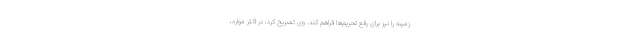
زمینه را نیز برای رفع تحریم‌ها فراهم کند. وی تصریح کرد: در اکثر موارد،